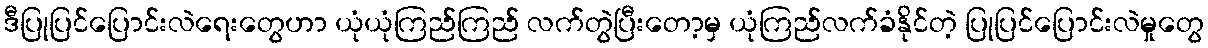
ဒီပြုပြင်ပြောင်းလဲရေးတွေဟာ ယုံယုံကြည်ကြည် လက်တွဲပြီးတော့မှ ယုံကြည်လက်ခံနိုင်တဲ့ ပြုပြင်ပြောင်းလဲမှုတွေ